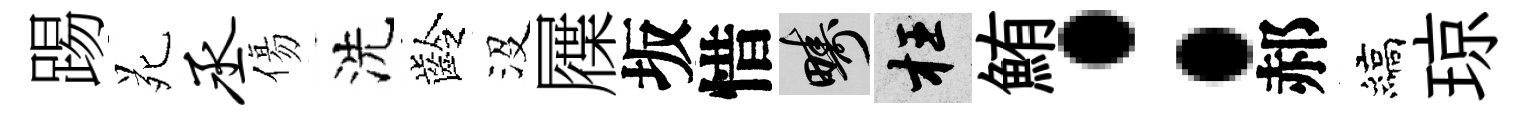
踢苑丞傷洗齡沒屧坂惜疇枉鮪：郝縞琼